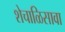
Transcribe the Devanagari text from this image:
शेचाळिसावा